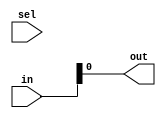
module top_module( 
    input [255:0] in,
    input [7:0] sel,
    output out );
	wire x=8'b00000000;
    assign x=x|sel;
    assign out=in[x]; 
endmodule